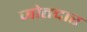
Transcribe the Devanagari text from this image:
जोतदार